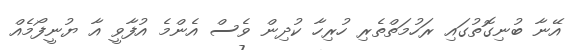
އޭނާ ބުނިގޮތުގައި ރަހުމަތްތެރި ހުރިހާ ކުދިން ވެސް އެންމެ އުފާވީ އާ ޔުނީފޯމެއް